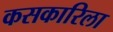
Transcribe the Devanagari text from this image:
कसकारिला